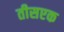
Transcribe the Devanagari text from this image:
तीसएक